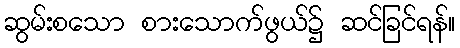
ဆွမ်းစသော စားသောက်ဖွယ်၌ ဆင်ခြင်ရန်။